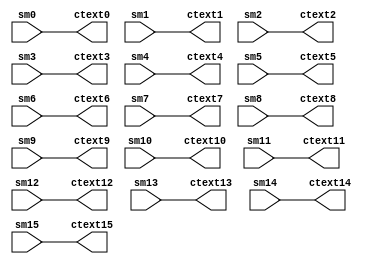
/* Machine-generated using Migen */
module ShiftRow(
	input [7:0] sm0,
	input [7:0] sm1,
	input [7:0] sm2,
	input [7:0] sm3,
	input [7:0] sm4,
	input [7:0] sm5,
	input [7:0] sm6,
	input [7:0] sm7,
	input [7:0] sm8,
	input [7:0] sm9,
	input [7:0] sm10,
	input [7:0] sm11,
	input [7:0] sm12,
	input [7:0] sm13,
	input [7:0] sm14,
	input [7:0] sm15,
	output [7:0] ctext0,
	output [7:0] ctext1,
	output [7:0] ctext2,
	output [7:0] ctext3,
	output [7:0] ctext4,
	output [7:0] ctext5,
	output [7:0] ctext6,
	output [7:0] ctext7,
	output [7:0] ctext8,
	output [7:0] ctext9,
	output [7:0] ctext10,
	output [7:0] ctext11,
	output [7:0] ctext12,
	output [7:0] ctext13,
	output [7:0] ctext14,
	output [7:0] ctext15
);


// synthesis translate_off
reg dummy_s;
initial dummy_s <= 1'd0;
// synthesis translate_on
assign ctext0 = sm0;
assign ctext1 = sm1;
assign ctext2 = sm2;
assign ctext3 = sm3;
assign ctext4 = sm4;
assign ctext5 = sm5;
assign ctext6 = sm6;
assign ctext7 = sm7;
assign ctext8 = sm8;
assign ctext9 = sm9;
assign ctext10 = sm10;
assign ctext11 = sm11;
assign ctext12 = sm12;
assign ctext13 = sm13;
assign ctext14 = sm14;
assign ctext15 = sm15;

endmodule